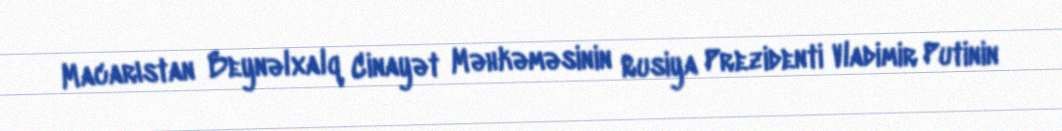
Macarıstan Beynəlxalq Cinayət Məhkəməsinin Rusiya Prezidenti Vladimir Putinin